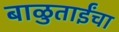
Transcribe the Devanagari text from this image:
बाळुताईंचा